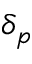
\delta _ { p }